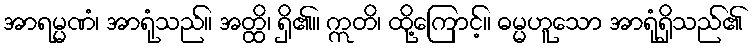
အာရမ္မဏံ၊ အာရုံသည်။ အတ္ထိ၊ ရှိ၏။ ဣတိ၊ ထို့ကြောင့်။ ဓမ္မဟူသော အာရုံရှိသည်၏